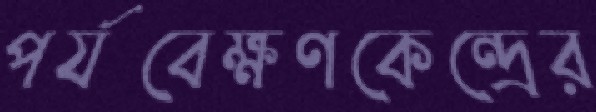
পর্যবেক্ষণকেন্দ্রের